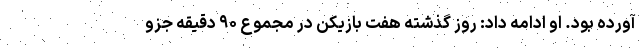
آورده بود. او ادامه داد: روز گذشته هفت بازیکن در مجموع ۹۰ دقیقه جزو